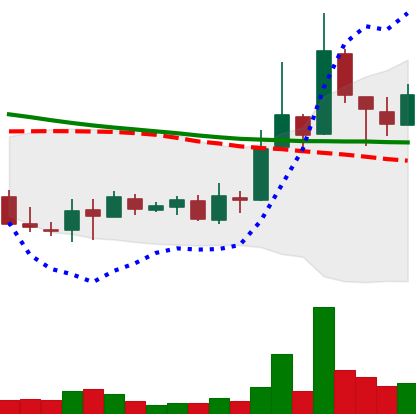
Ticker: XLM-USD
Chart end date: 2018-09-27
Forward return: -4.217%
Label: down_3_5